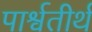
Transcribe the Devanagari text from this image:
पार्श्वतीर्थ